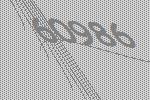
60986